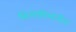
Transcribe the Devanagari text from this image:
सिलेसियातील